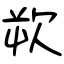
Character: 欮